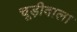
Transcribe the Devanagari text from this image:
चूड़ीवाला